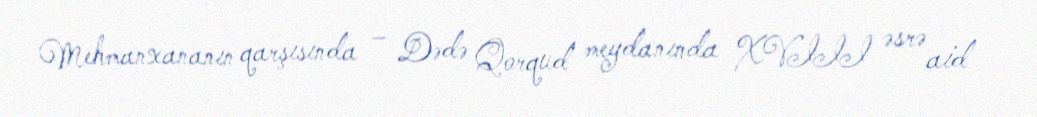
Mehmanxananın qarşısında – Dədə Qorqud meydanında XVIII əsrə aid